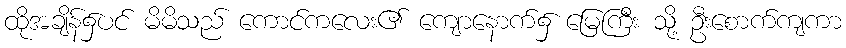
ထိုအချိန်၌ပင် မိမိသည် ကောင်ကလေး၏ ကျောနောက်၌ မြေကြီး သို့ ဦးစောက်ကျကာ